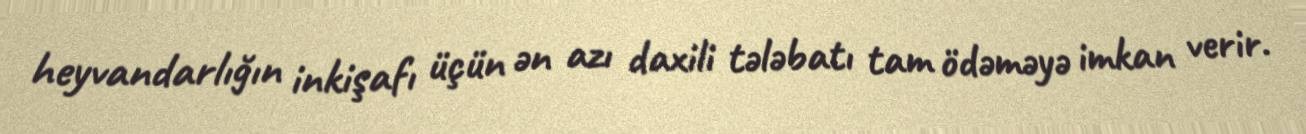
heyvandarlığın inkişafı üçün ən azı daxili tələbatı tam ödəməyə imkan verir.